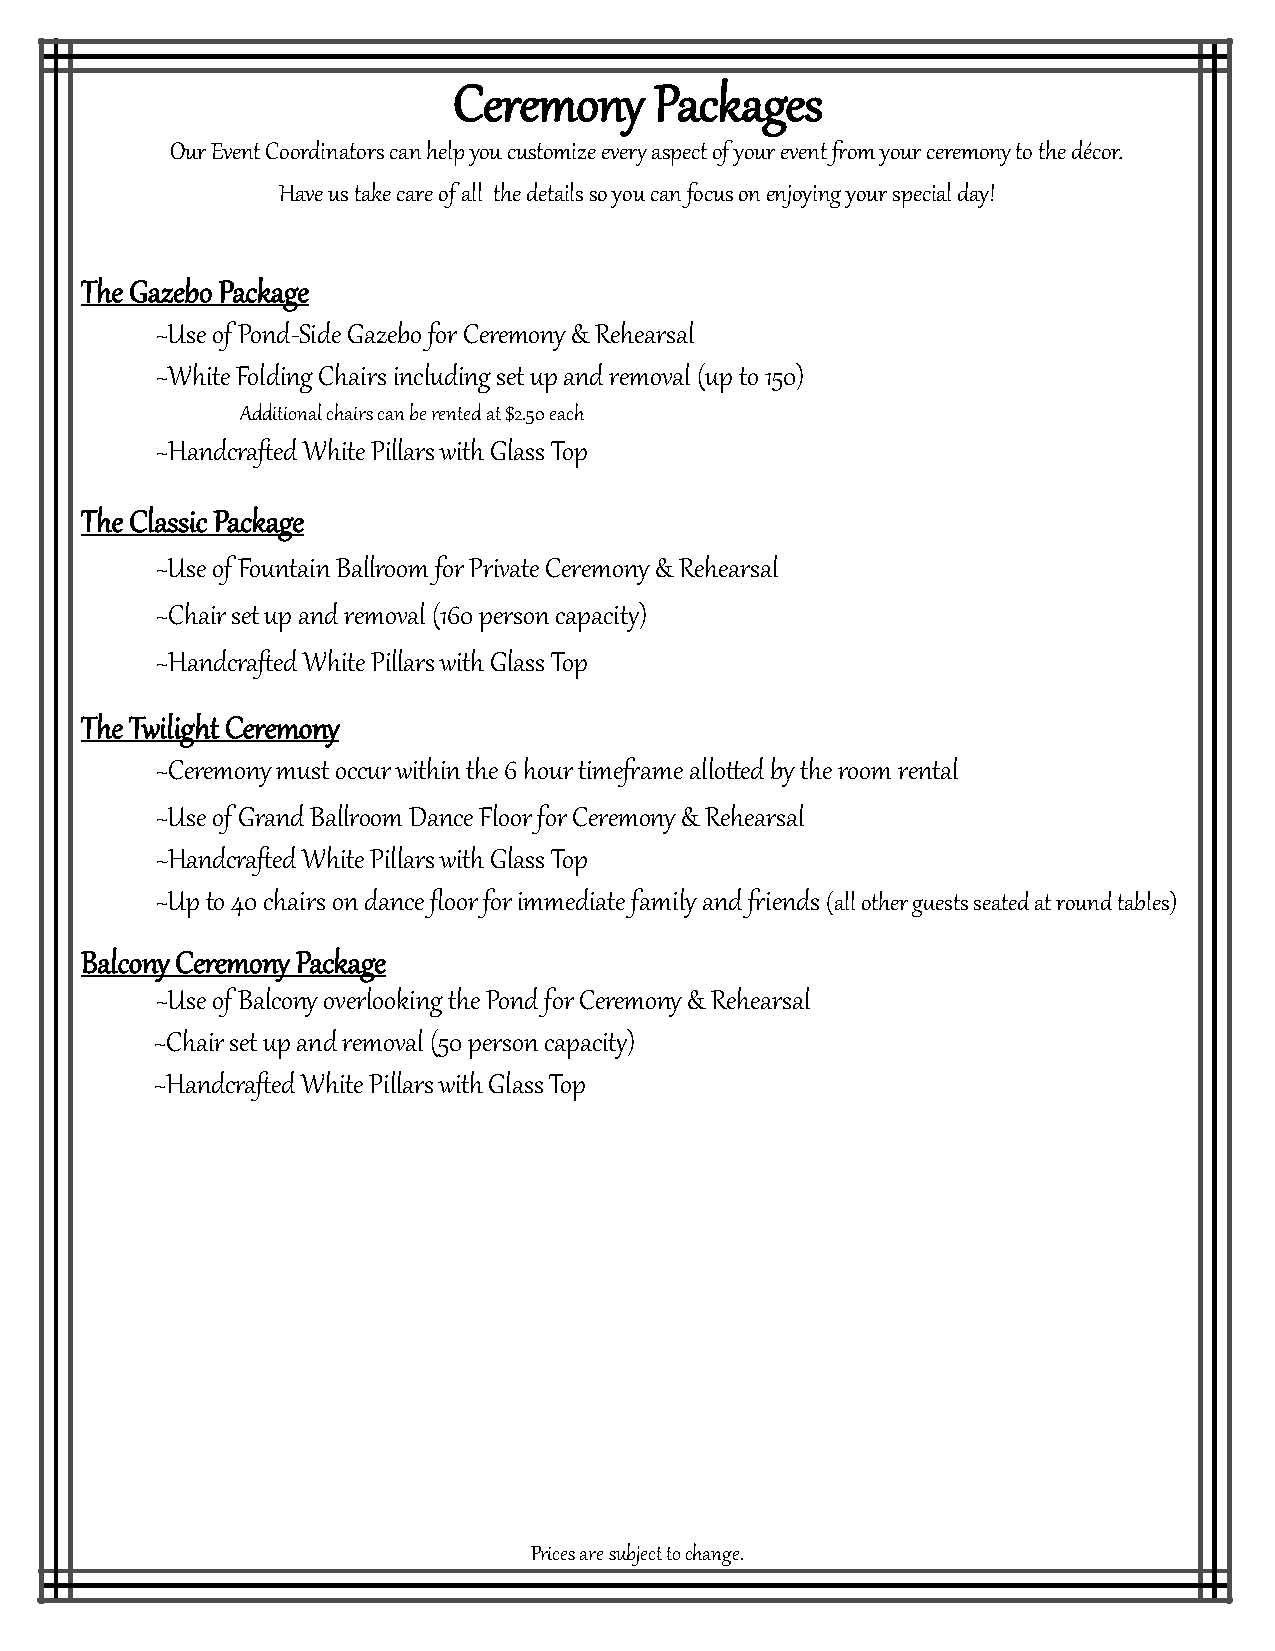
Ceremony     Packages
 Our Event Coordinators can help you customize every aspect of your event from your ceremony to the décor.
 Have us take care of all the details so you can focus on enjoying your special day!
 The Gazebo Package
 ~Use of Pond-Side Gazebo for Ceremony & Rehearsal
 ~White Folding Chairs including set up and removal (up to 150)
 Additional chairs can be rented at $2.50 each
 ~Handcrafted White Pillars with Glass Top
 The Classic Package
 ~Use of Fountain Ballroom for Private Ceremony & Rehearsal
 ~Chair set up and removal (160 person capacity)
 ~Handcrafted White Pillars with Glass Top
 The Twilight Ceremony
 ~Ceremony must occur within the 6 hour timeframe allotted by the room rental
 ~Use of Grand Ballroom Dance Floor for Ceremony & Rehearsal
 ~Handcrafted White Pillars with Glass Top
 ~Up to 40 chairs on dance floor for immediate family and friends (all other guests seated at round tables)
 Balcony Ceremony Package
 ~Use of Balcony overlooking the Pond for Ceremony & Rehearsal
 ~Chair set up and removal (50 person capacity)
 ~Handcrafted White Pillars with Glass Top
 Prices are subject to change.